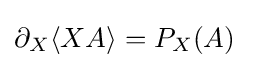
\partial _{X}\langle XA\rangle =P_{X}(A)\